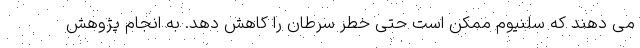
می دهند که سلنیوم ممکن است حتی خطر سرطان را کاهش دهد. به انجام پژوهش